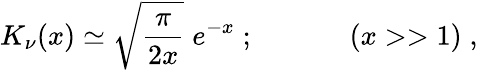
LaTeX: K_{\nu}(x)\simeq\sqrt{\frac{\pi}{2x}}\; e^{-x}\; ;\; \; \; \; \; \; \; \; \; \; \; \; (x>>1)\; ,